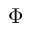
\Phi